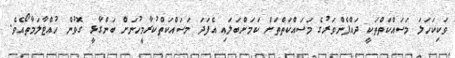
ވަކިކަހަލަ މަސައްކަތްތަކީ ދައްފެންވަރުގެ މަސައްކަތްތަށް ކަމަށްބަލައި އެފަދަ މަސައްކަތްކުރާމީހުނަށް ބަންގާޅީ ގޮވުން ހުއްޓާލަމާތޯއެވެ.